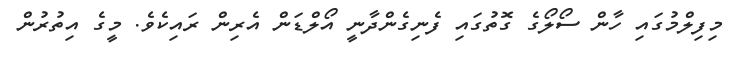
މިފިލްމުގައި ހާން ސޯލޯގެ ގޮތުގައި ފެނިގެންދާނީ އޯލްޑަން އެރިން ރައިކެވެ. މީގެ އިތުރުން